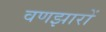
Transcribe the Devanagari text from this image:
वणझारों